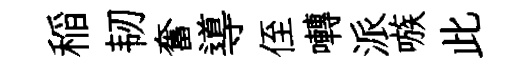
稲韧奮導侄囀派嗾此